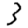
Digit: 3